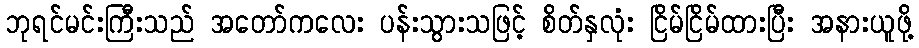
ဘုရင်မင်းကြီးသည် အတော်ကလေး ပန်းသွားသဖြင့် စိတ်နှလုံး ငြိမ်ငြိမ်ထားပြီး အနားယူဖို့